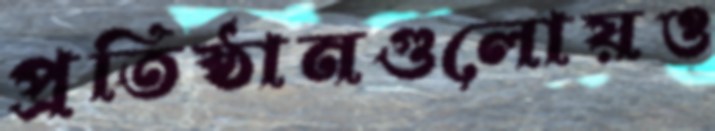
প্রতিষ্ঠানগুলোয়ও